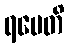
ရမေတိ